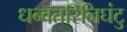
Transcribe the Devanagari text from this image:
धन्वतरिनिघंटु